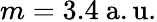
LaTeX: m=3.4~{\mathrm{a.u.}}